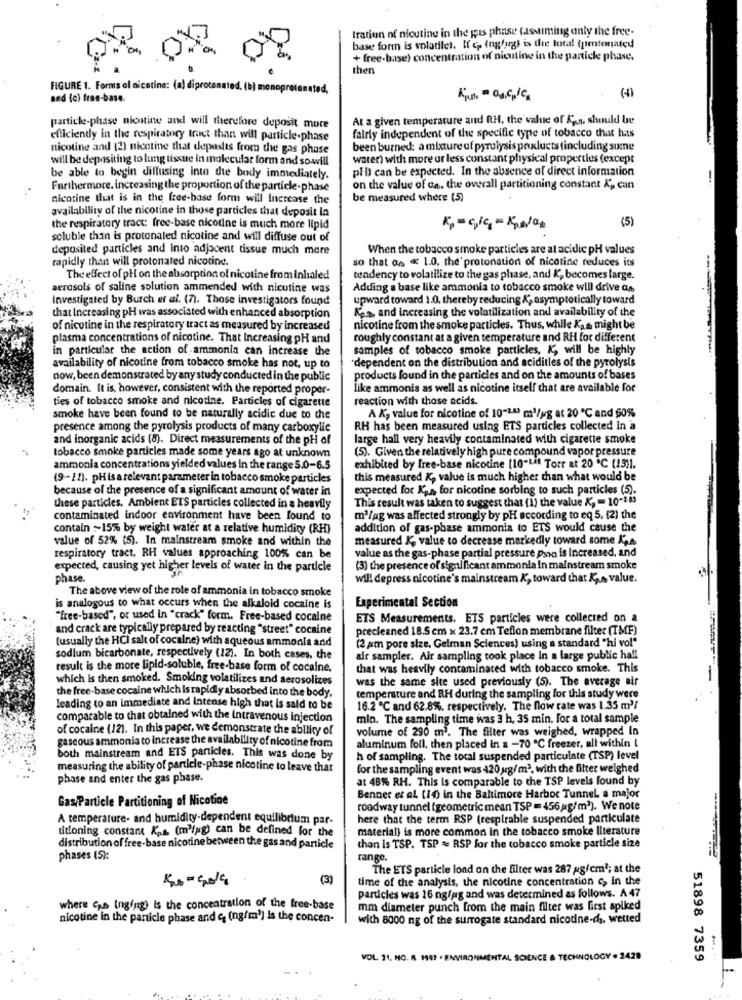
tration of nicutine in the gas phase tassuming only the free-
base form is volatilel. If ep Ingfuggi is the total (pimtonated
+ free-base) concentration of nicutine in the particle phase.
then
FIGURE 1. Forms al nicotine: (a) diprotonated, (b) monoprotanated,
and (c) free-base.
Kun = Ou,Cp/C.
At a given temperature and RH, the value of An, should be
particle-phase niostine and will therefore deposit more
fairly independent of the specific type of tobacco that has
efficiendy in the respiratory tract than will particle-phase
nicotine and (2) nicotine that depuislts from the gas phase
been burned: a mixture of pyrolysis prixlucts tincluding some
will be depositing to lung tissue in molecular form and sowill
water) with more or less constant physical properties (except
pill can be expected. In the absence of direct information
be able to begin dillusing int die body immediately.
Furthermore, increasing the proportion of the particle-phase
on the value of ca. the overall partitioning constant Ap can
nicotine that is in the free-base form will Increase the
be measured where (5)
availability of the nicotine in those particles that deposit In
(5)
the respiratory tract: free-base nicotine is much more lipid
soluble than is protonated nicotine and will diffuse out of
deposited particles and into adjacent tissue much more
When the tobacco smoke particles are al acidic pH values
rapidly than will protonated nicotine.
so that as 1.0, the protonation of nicotine reduces its
The effect of pH on the absorption of nicotine from inhaled
tendency to volatilize to the gas phase, and K, becomes large.
aerosols of saline solution ammended with nicotine was
Adding a base like ammonia to tobacco smoke will drive co
Investigated by Burch et al. (7). Those investigators found
upward toward 1.0. thereby reducing &, asymptotically toward
Kens, and increasing the volatilization and availability of the
that Increasing pH was associated with enhanced absorption
of nicotine in the respiratory tract as measured by increased
nicotine from the smoke particles. Thus, while Kas might be
plasma concentrations of nicotine. That Increasing pH and
roughly constant at a given temperature and RH for different
in particular the action of ammonia can increase the
samples of tobacco smoke particles, K, will be highly
availability of nicotine from tobacco smoke has not, up to
'dependent on the distribution and aciditles of the pyrolysis
now, been demonstrated by any study conducted in the public
products found in the particles and on the amounts of bases
domain. It is, however, consistent with the reported proper-
like ammonia as well as nicotine itself that are available for
ties of tobacco smoke and nicotine. Particles of cigarette
reaction with those acids.
smoke have been found to be naturally acidic due to the
A K, value for nicotine of 10-243 m3/ug at 20 ℃ and 60%
presence among the pyrolysis products of many carboxylic
RH has been measured using ETS particles collected in a
and inorganic acids (8). Direct measurements of the pH of
large hall very heavily contaminated with cigarette smoke
tobacco smoke particles made some years ago at unknown
(5). Given the relatively high pure compound vapor pressure
ammonia concentrations yielded values in the range 5.0-6.5
exhibited by free-base nicotine [10-Lit Torr at 20 ℃ (13)1.
(9-12). pHisarelevant parameter in tobacco smoke particles
this measured K, value is much higher than what would be
because of the presence of a significant amount of water in
expected for Kpn for nicotine sorbing to such particles (5).
This result was taken to suggest that (1) the value K, - 10-283
these particles. Ambient ETS particles collected in a heavily
contaminated indoor environment have been found to
m3/pg was affected strongly by pH according to eq 5, (2) the
contain ~15% by weight water at a relative humidity (RH)
addition of gas-phase ammonia to ETS would cause the
value of 52% (5). In mainstream smoke and within the
measured K, value to decrease markedly toward some Kje
value as the gas-phase partial pressure povo is Increased, and
respiratory tract. RH values approaching 100% can be
expected, causing yet higher levels of water in the particle
(3) the presence of significant ammonia In mainstream smoke
phase.
wil! depress nicotine's mainstream K, toward that K ,. s value.
The above view of the role of ammonia in tobacco smoke
is analogous to what occurs when the alkaloid cocaine is
Experimental Section
"free-based", or used in "crack" form. Free-based cocaine
ETS Measurements. ETS particles were collected on a
and crack are typically prepared by reacting "street" cocaine
precleaned 18.5 cm x 23.7 cm Teflon membrane filter (IMF)
(usually the HCI salt of cocaine) with aqueous ammonia and
(2 am pore size, Gelman Sciences) using a standard "hi vo!"
sodium bicarbonate, respectively (12). In both cases, the
air sampler. Air sampling took place In a large public hall
result is the more lipid-soluble, free-base form of cocaine,
that was heavily contaminated with tobacco smoke. This
which is then smoked. Smoking volatilizes and aerosolizes
was the same site used previously (5). The average air
the free-base cocaine which is rapidly absorbed into the body,
temperature and RH during the sampling for this study were
leading to an immediate and Intense high that is said to be
16.2 ℃ and 62.8%, respectively. The flow rate was 1.35 m2/
comparable to that obtained with the Intravenous injection
min. The sampling time was 3 h, 35 min. For a total sample
of cocaine (12). In this paper, we demonstrate the ability of
volume of 290 m3. The filter was weighed, wrapped In
gaseous ammonia to increase the availability of nicotine from
aluminum foil, then placed in a -70℃ freezer, all within |
both mainstream and ETS particles. This was done by
h of sampling. The tocal suspended particulate (TSP) level
measuring the ability of particle-phase nicotine to leave that
for the sampling event was 420 g/m3, with the filter weighed
phase and enter the gas phase.
at 48% RH. This is comparable to the TSP levels found by
Gas/Particle Partitioning of Nicotine
Bennet et al. (14) in the Baltimore Harbor Tunnel a major
roadway tunnel (geometric mean TSP = 456,ag/m2). We note
A temperature- and humidity-dependent equilibrium par-
here that the term RSP (respirable suspended particulate
material) is more common in the tobacco smoke literature
ditioning constant Kps (m'ing) can be defined for the
distribution of free-base nicotine between the gas and particle
than is TSP. TSP = RSP for the tobacco smoke particle size
phases (5):
range.
The ETS particle lond on the filter was 287 ag/cm2; at the
(3)
time of the analysis, the nicotine concentration c, in the
particles was 16 ngfag and was determined as follows. A 47
where Gas inging) is the concentration of the free-base
mm diameter punch from the main filter was first spiked
nicotine in the particle phase and e, (ng/m'] is the concen-
with 8000 ng of the surrogate standard nicodne-ds, wetted
VOL 11. MO. A. 1987 · ENVIRONMENTAL SCIENCE & TECHNOLOGY . 2429
51898 7359